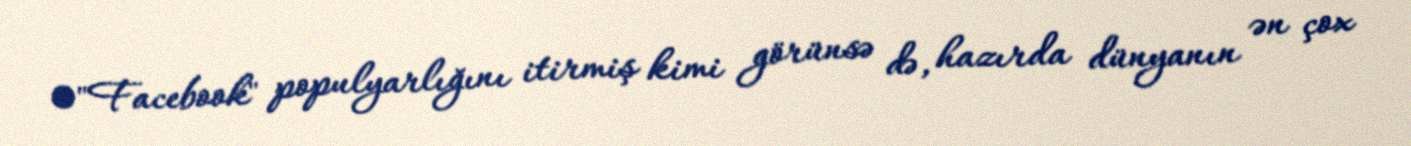
•"Facebook" populyarlığını itirmiş kimi görünsə də, hazırda dünyanın ən çox